Madras plague regulations in force outside the Presidency town - Volume 1
Disease focus: Plague
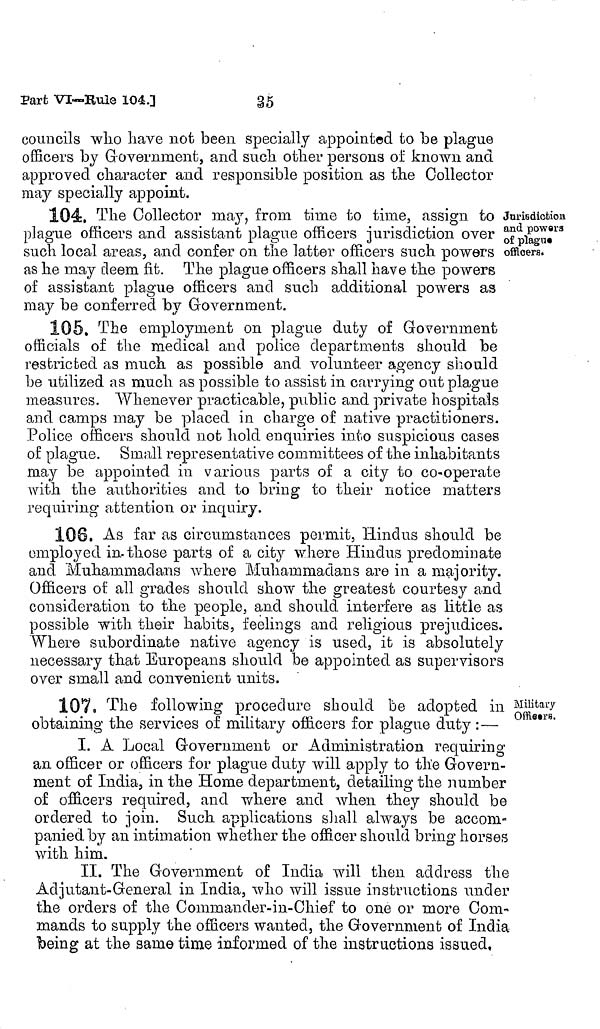
35
Part VI-Rule 104.]
councils who have not been specially appointed to be plague
officers by Government, and such other persons of known and
approved character and responsible position as the Collector
may specially appoint.
Jurisdiction
and powers
of plagne
officers.
104. The Collector may, from time to time, assign to
plague officers and assistant plague officers jurisdiction over
such local areas, and confer on the latter officers such powers
as he may deem fit. The plague officers shall have the powers
of assistant plague officers and such additional powers as
may be conferred by Government.
105, The employment on plague duty of Government
officials of the medical and police departments should be
restricted as much as possible and. volunteer agency should
be utilized as much as possible to assist in carrying out plague
measures. Whenever practicable, public and private hospitals
and camps may be placed in charge of native practitioners.
Police officers should not hold enquiries into suspicious cases
of plague. Small representative committees of the inhabitants
may be appointed in various parts of a city to co-operate
with the authorities and to bring to their notice matters
requiring attention or inquiry.
106. As far as circumstances permit, Hindus should be
employed in-those parts of a city where Hindus predominate
and Muhammad ans where Muhammadans are in a majority.
Officers of all grades should show the greatest courtesy and
consideration to the people, and should interfere as little as
possible with their habits, feelings and religious prejudices.
Where subordinate native agency is used, it is absolutely
necessary that Europeans should be appointed as supervisors
over small and convenient units.
Military
Officers.
107. The following procedure should be adopted in
obtaining the services of military officers for plague duty :—
I. A Local Government or Administration requiring
an officer or officers for plague duty will apply to the Govern-
ment of India, in the Home department, detailing the number
of officers required, and where and when they should be
ordered to join. Such applications shall always be accom-
panied by an intimation whether the officer should bring horses
with him.
II. The Government of India will then address the
Adjutant-General in India, who will issue instructions under
the orders of the Commander-in-Chief to one or more Com-
mands to supply the officers wanted, the Government of India
being at the same time informed of the instructions issued,